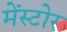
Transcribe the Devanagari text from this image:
मेंस्टोर